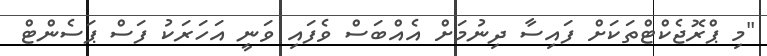
"މި ޕްރޮޖެކްޓްތަކަށް ފައިސާ ދިނުމަށް އެއްބަސް ވެފައި ވަނީ އަހަރަކު ފަސް ޕަސެންޓް